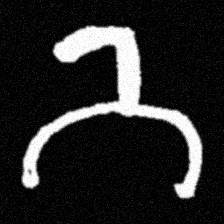
Pyu character \u2014 Myanmar letter: ဘ (romanized: bha)